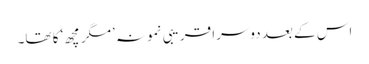
اس کے بعد دوسرا قریبی نمونہ ’مگر مچھ‘ کا تھا۔